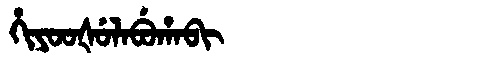
Manchu: ᡥᡳᠶᠣᠣᡧᡠᠯᠠᠪᡠᡥᠠᠪᡳ
Romanization: HIYOOŠULABUHABI